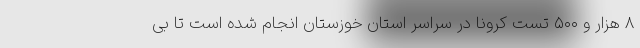
۸ هزار و ۵۰۰ تست کرونا در سراسر استان خوزستان انجام شده است تا بی